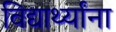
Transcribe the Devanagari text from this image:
विद्यार्थ्‍यांना